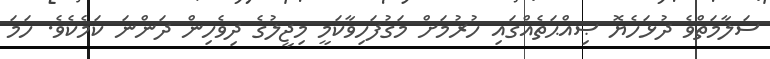
ސަލާމަތްވެ ދުޅަހެޔޮ ޞިއްޙަތެއްގައި ހުރުމަށް މަގުފަހިވާކަމީ މިޖީލުގެ ދިވެހިން ދަންނަ ކަމެކެވެ. ހަމަ